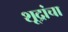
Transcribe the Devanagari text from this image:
शूद्रांचा